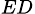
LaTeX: _{ED}